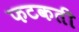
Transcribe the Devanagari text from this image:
फटकती